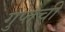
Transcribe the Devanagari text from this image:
गुप्तेची